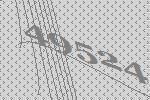
49524